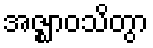
အဇ္ဈာဝသိတွာ